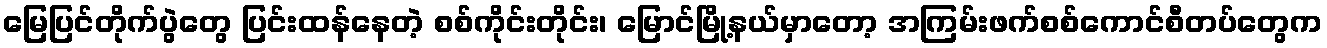
မြေပြင်တိုက်ပွဲတွေ ပြင်းထန်နေတဲ့ စစ်ကိုင်းတိုင်း၊ မြောင်မြို့နယ်မှာတော့ အကြမ်းဖက်စစ်ကောင်စီတပ်တွေက